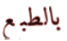
بالطبع